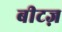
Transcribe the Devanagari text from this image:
बीटज़